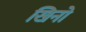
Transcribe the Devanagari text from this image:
खिनो